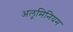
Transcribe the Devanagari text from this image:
अलूमिनियम